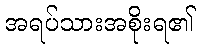
အရပ်သားအစိုးရ၏